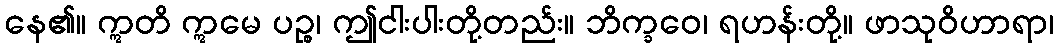
နေ၏။ ဣတိ ဣမေ ပဉ္စ၊ ဤငါးပါးတို့တည်း။ ဘိက္ခဝေ၊ ရဟန်းတို့။ ဖာသုဝိဟာရာ၊